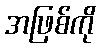
အဖြစ်ကို